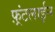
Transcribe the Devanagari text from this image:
फ़्रंटलाईन